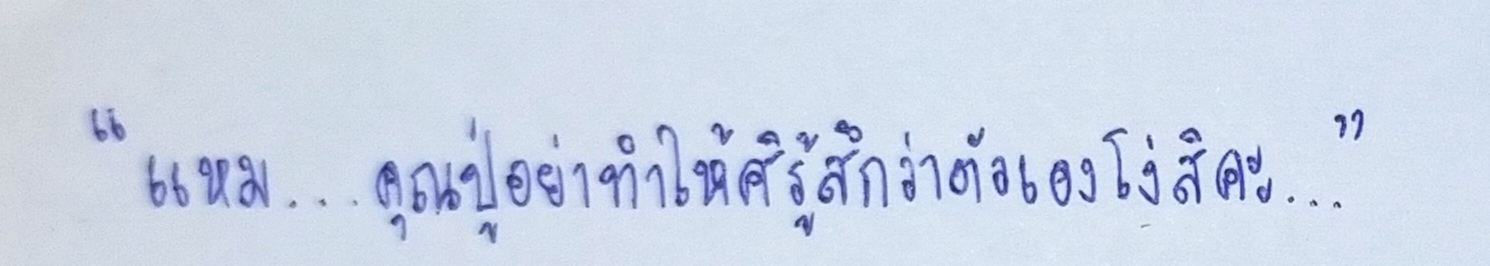
"แหม...คุณปู่อย่าทำให้ศิรู้สึกว่าตัวเองโง่สิคะ..."